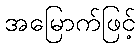
အမြောက်ဖြင့်